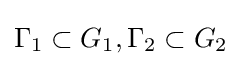
\Gamma _{1}\subset G_{1},\Gamma _{2}\subset G_{2}